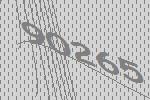
90265